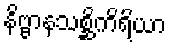
နိဗ္ဗာနသစ္ဆိကိရိယာ